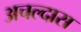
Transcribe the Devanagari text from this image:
अचल्दास